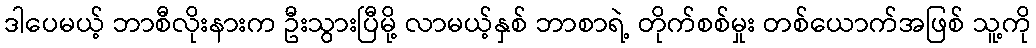
ဒါပေမယ့် ဘာစီလိုးနားက ဦးသွားပြီမို့ လာမယ့်နှစ် ဘာစာရဲ့ တိုက်စစ်မှုး တစ်ယောက်အဖြစ် သူ့ကို